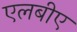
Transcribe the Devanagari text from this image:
एलबीए